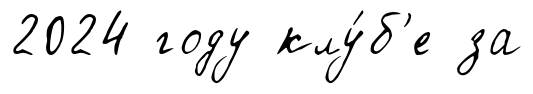
2024 году клу́б'е за